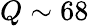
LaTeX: Q\sim 68